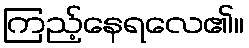
ကြည့်နေရလေ၏။